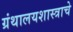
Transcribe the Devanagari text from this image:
ग्रंथालयशास्त्राचे